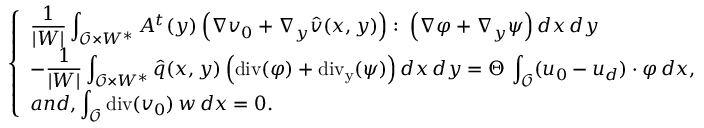
\displaystyle \left\{ \begin{array} { l } { \displaystyle \frac { 1 } { | W | } \int _ { { \mathcal { O } } \times W ^ { * } } A ^ { t } ( y ) \left( \nabla \boldsymbol { v _ { 0 } } + \nabla _ { y } \widehat { \boldsymbol v } ( x , y ) \right) \colon \left( \nabla \boldsymbol \varphi + \nabla _ { y } \boldsymbol \psi \right) d x \, d y } \\ { - \displaystyle \frac { 1 } { | W | } \int _ { { \mathcal { O } } \times W ^ { * } } \hat { q } ( x , y ) \left( \operatorname { d i v } ( \boldsymbol \varphi ) + \operatorname { d i v _ { y } } ( \boldsymbol \psi ) \right) d x \, d y = \Theta \, \int _ { { \mathcal { O } } } ( \boldsymbol { \boldsymbol { u } _ { 0 } } - \boldsymbol { u _ { d } } ) \cdot \boldsymbol \varphi \, d x , } \\ { a n d , \displaystyle \int _ { { \mathcal { O } } } \operatorname { d i v } ( \boldsymbol { v _ { 0 } } ) \, w \, d x = 0 . } \end{array} \right.